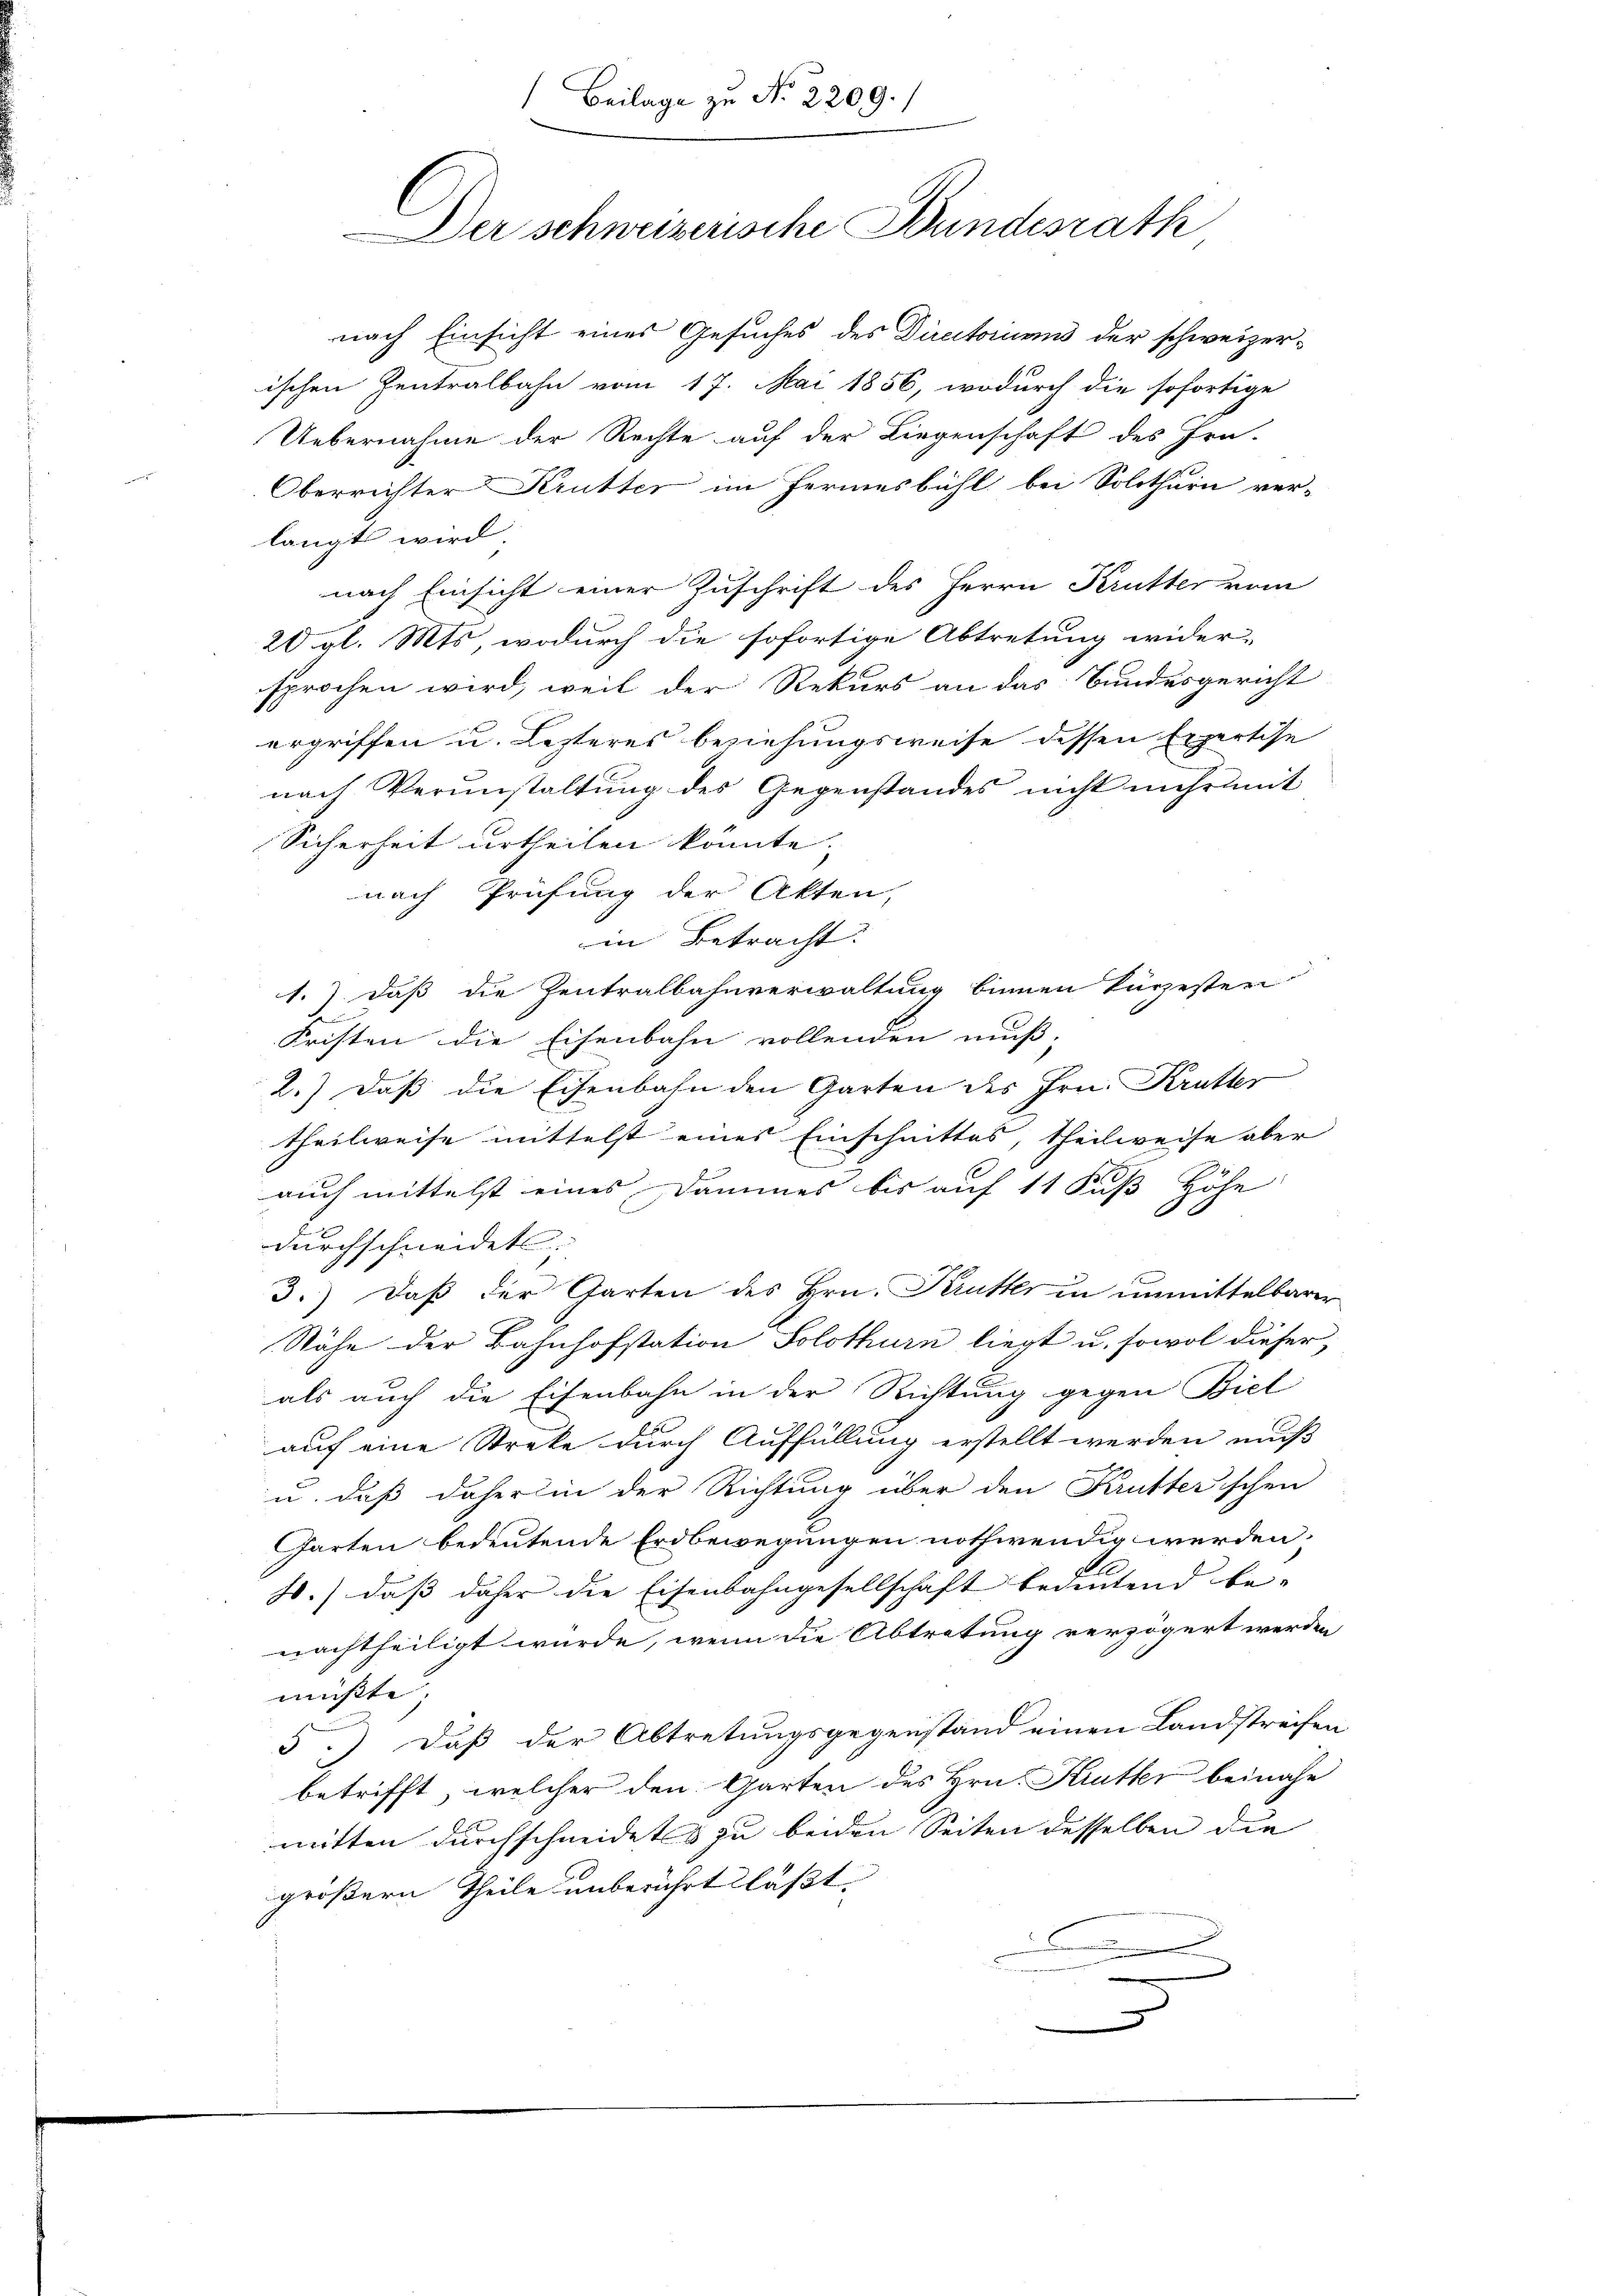
Beilage zu No 2209.
Der schweizerische Bundesrath

nach Einsicht eines Gesuches des Directorums der schweizerischen Zentralbahn vom 17. Mai 1856, wodurch die sofortige
Uebernahme der Rechte auf der Liegenschaft des Prä-
Oberrichter Krutter im Fermesbühl bei Solothurn ver-
langt wird.
nach Einsicht einer Zuschrift des Herrn Krutter vom
20 gl. Mts, wodurch die sofortige Abtretung wider-
sprochen wird, weil der Rekurs an das Bundesgericht
ergriffen u. lezteres beziehungsweise dessen Expertise
nach Verunstaltung des Gegenstandes nicht mehr mit
Sicherheit urtheilen könnte.
nach Prüfung der Akten,
in Betracht:
1.) daß die Zentralbahnverwaltung binnen kürzester
Fristen die Eisenbahn vollenden muß,
2.) Daß die Eisenbahn den Garten des Hrn. Krutter
theilweise mittelst eines Einschnittes, theilweise aber
auch mittelst eines Dammes bis auf 11 Fuß Höhe
durchschneidet;
3.) Daß der Garten des Hrn. Kruther in unmittelbarer
Nähe der Bahnhofstation Solothurn liegt u. sowol dieser,
als auch die Eisenbahn in der Richtung gegen Biel
auf eine Streke durch Auffüllung erstellt werden muß
u. daß daher in der Richtung über den Krutterischen
Garten bedeutende Erdbewegungen nothwendig werden.
.) daß daher die Eisenbahngesellschaft bedeutend be-
nachtheiligt würde, wenn die Abtretung verzögert werden
müßte
5.) Daß der Abtretungsgegenstand einen Landstreifen
betrifft, welcher den Garten des Hrn. Kruther beinahe
mitten durchschneidets zu beiden Seiten desselben die
größern Theile unberührt läßt.

e

s